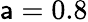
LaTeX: \mathsf{a}=0.8